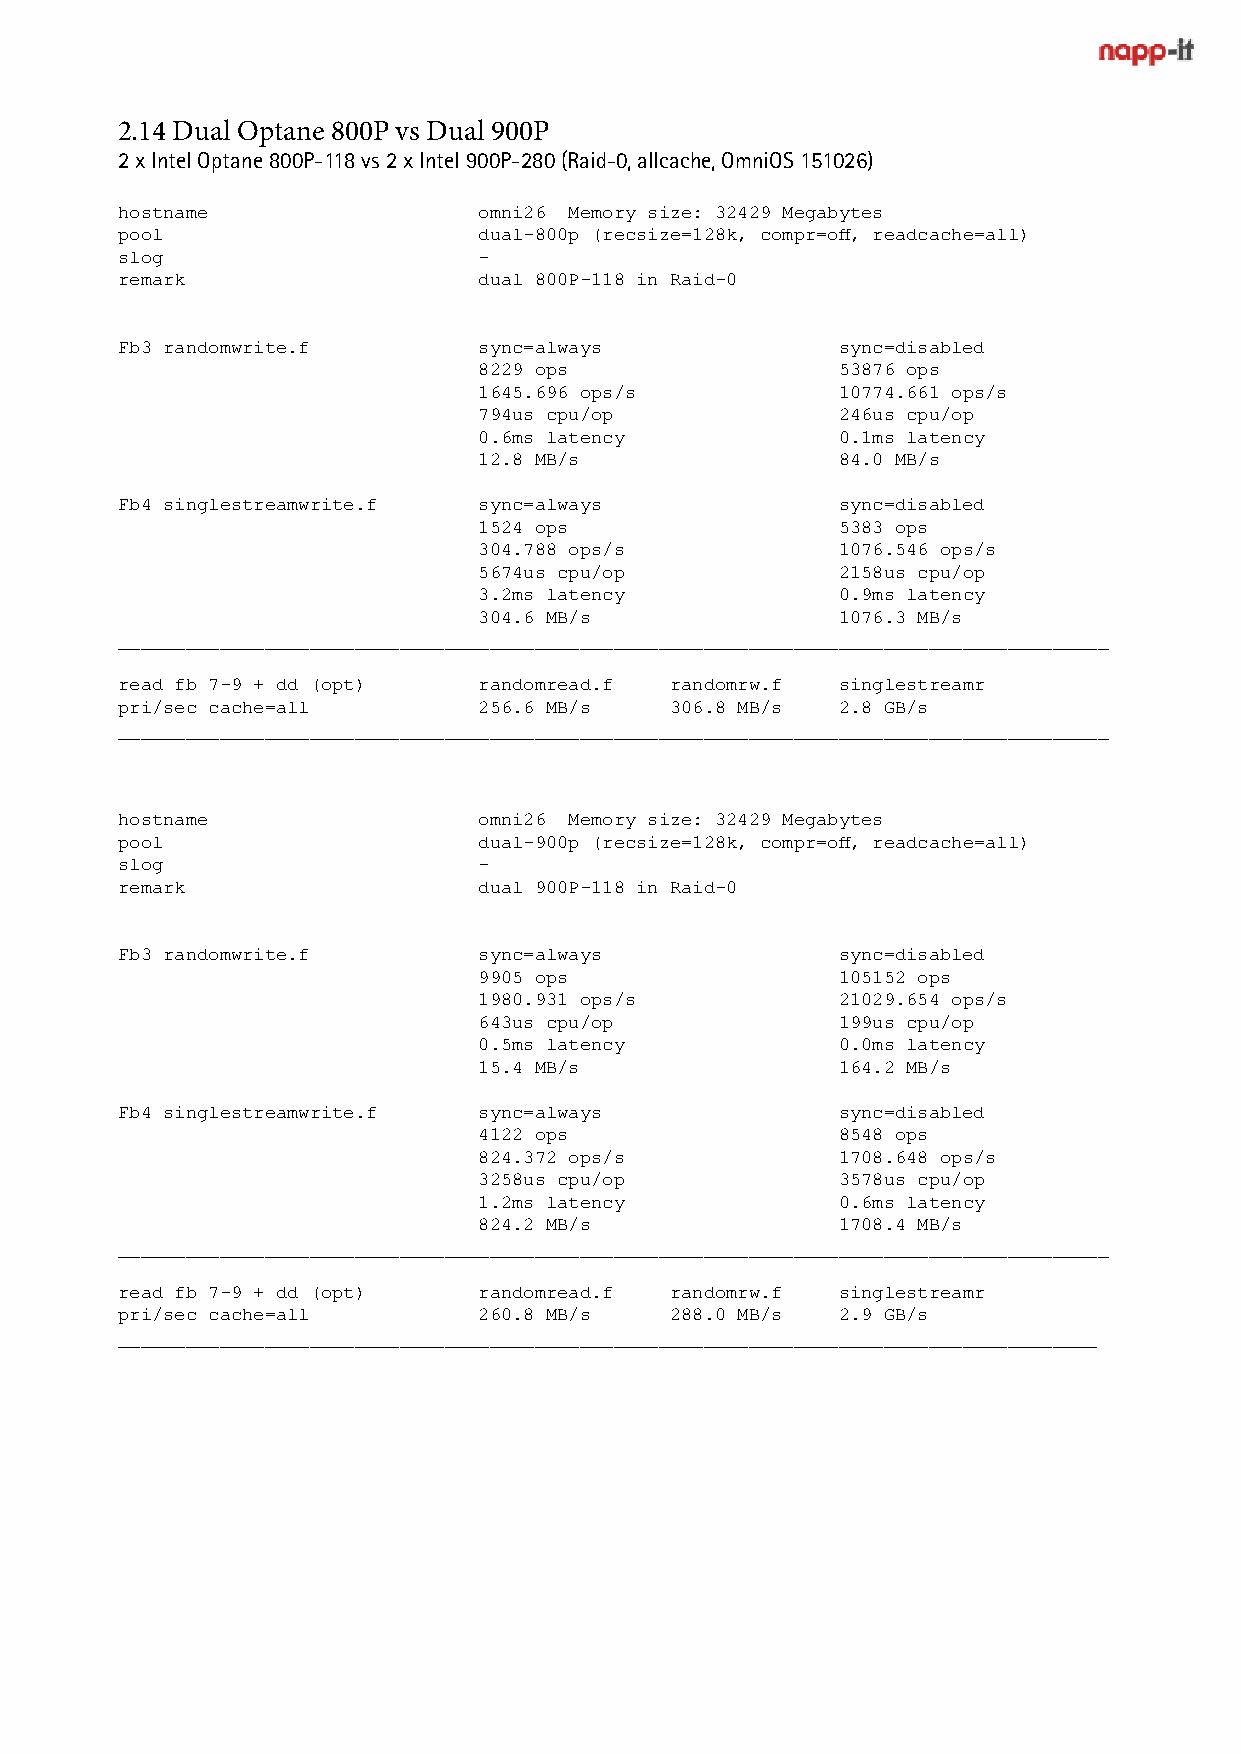
2.14 Dual Optane 800P vs Dual 900P
 2 x Intel Optane 800P-118 vs 2 x Intel 900P-280 (Raid-0, allcache, OmniOS 151026)
 hostname                omni26 Memory size: 32429 Megabytes
 pool                    dual-800p (recsize=128k, compr=off, readcache=all)
 slog                    -
 remark                  dual 800P-118 in Raid-0
 Fb3 randomwrite.f       sync=always            sync=disabled
 8229 ops               53876 ops
 1645.696 ops/s         10774.661 ops/s
 794us cpu/op           246us cpu/op
 0.6ms latency          0.1ms latency
 12.8 MB/s              84.0 MB/s
 Fb4 singlestreamwrite.f sync=always            sync=disabled
 1524 ops               5383 ops
 304.788 ops/s          1076.546 ops/s
 5674us cpu/op          2158us cpu/op
 3.2ms latency          0.9ms latency
 304.6 MB/s             1076.3 MB/s
 ________________________________________________________________________________________
 read fb 7-9 + dd (opt)  randomread.f randomrw.f singlestreamr
 pri/sec cache=all       256.6 MB/s  306.8 MB/s 2.8 GB/s
 ________________________________________________________________________________________
 hostname                omni26 Memory size: 32429 Megabytes
 pool                    dual-900p (recsize=128k, compr=off, readcache=all)
 slog                    -
 remark                  dual 900P-118 in Raid-0
 Fb3 randomwrite.f       sync=always            sync=disabled
 9905 ops               105152 ops
 1980.931 ops/s         21029.654 ops/s
 643us cpu/op           199us cpu/op
 0.5ms latency          0.0ms latency
 15.4 MB/s              164.2 MB/s
 Fb4 singlestreamwrite.f sync=always            sync=disabled
 4122 ops               8548 ops
 824.372 ops/s          1708.648 ops/s
 3258us cpu/op          3578us cpu/op
 1.2ms latency          0.6ms latency
 824.2 MB/s             1708.4 MB/s
 ________________________________________________________________________________________
 read fb 7-9 + dd (opt)  randomread.f randomrw.f singlestreamr
 pri/sec cache=all       260.8 MB/s  288.0 MB/s 2.9 GB/s
 _______________________________________________________________________________________